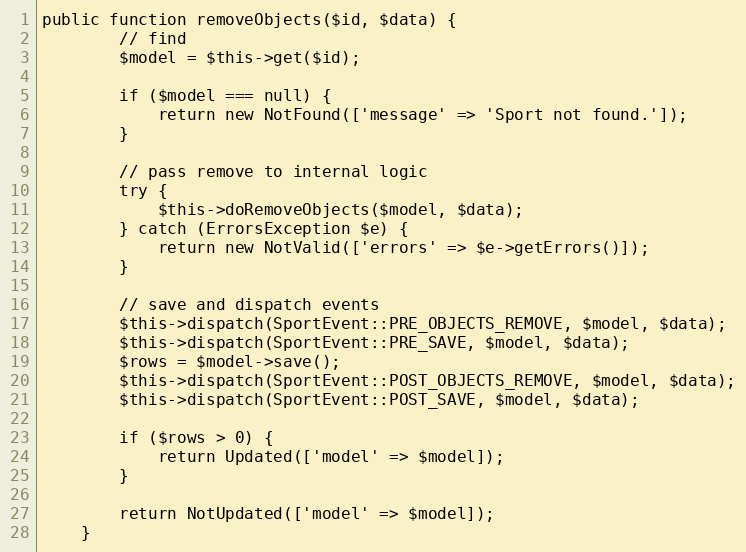
Language: PHP
public function removeObjects($id, $data) {
		// find
		$model = $this->get($id);

		if ($model === null) {
			return new NotFound(['message' => 'Sport not found.']);
		}

		// pass remove to internal logic
		try {
			$this->doRemoveObjects($model, $data);
		} catch (ErrorsException $e) {
			return new NotValid(['errors' => $e->getErrors()]);
		}

		// save and dispatch events
		$this->dispatch(SportEvent::PRE_OBJECTS_REMOVE, $model, $data);
		$this->dispatch(SportEvent::PRE_SAVE, $model, $data);
		$rows = $model->save();
		$this->dispatch(SportEvent::POST_OBJECTS_REMOVE, $model, $data);
		$this->dispatch(SportEvent::POST_SAVE, $model, $data);

		if ($rows > 0) {
			return Updated(['model' => $model]);
		}

		return NotUpdated(['model' => $model]);
	}